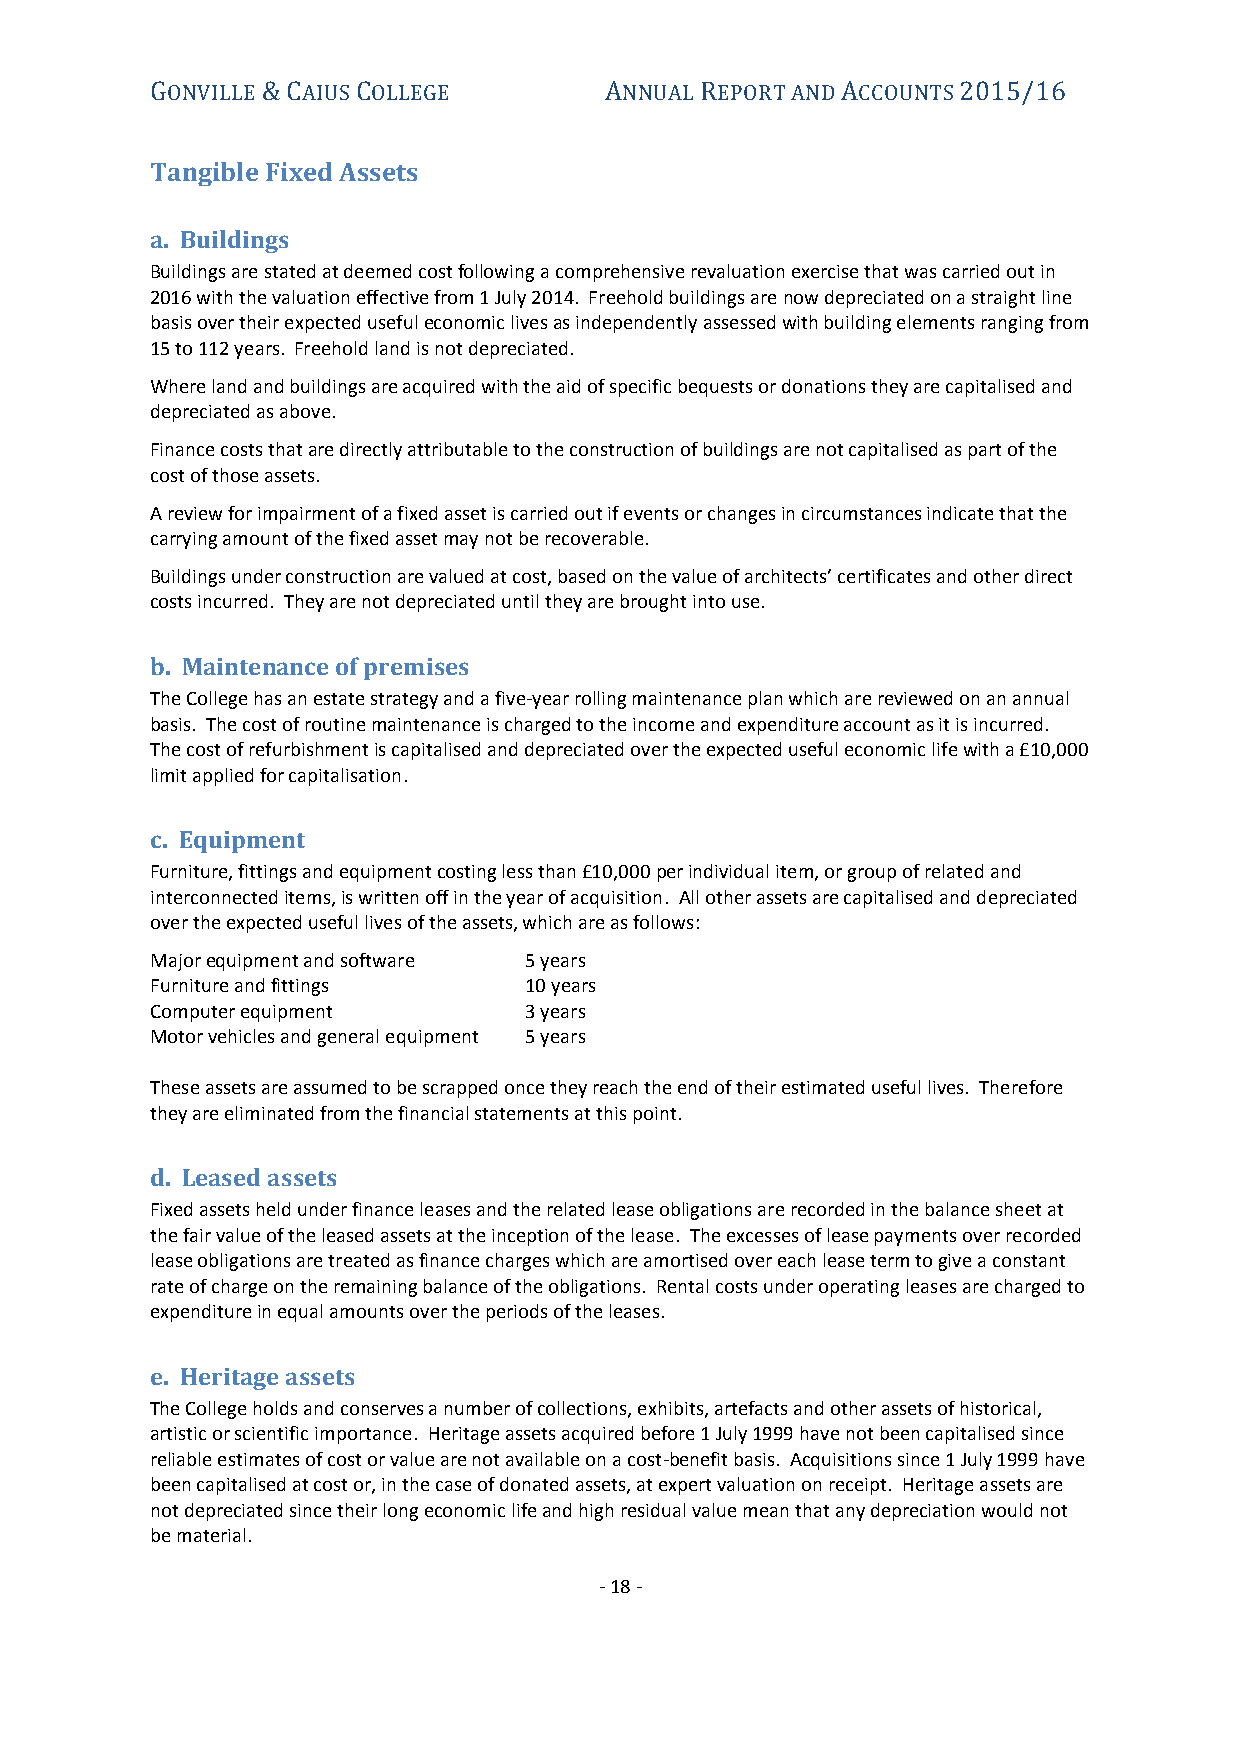
GONVILLE & CAIUS COLLEGE      ANNUAL REPORT AND ACCOUNTS 2015/16
 Tangible Fixed Assets
 a. Buildings
 Buildings are stated at deemed cost following a comprehensive revaluation exercise that was carried out in
 2016 with the valuation effective from 1 July 2014. Freehold buildings are now depreciated on a straight line
 basis over their expected useful economic lives as independently assessed with building elements ranging from
 15 to 112 years. Freehold land is not depreciated.
 Where land and buildings are acquired with the aid of specific bequests or donations they are capitalised and
 depreciated as above.
 Finance costs that are directly attributable to the construction of buildings are not capitalised as part of the
 cost of those assets.
 A review for impairment of a fixed asset is carried out if events or changes in circumstances indicate that the
 carrying amount of the fixed asset may not be recoverable.
 Buildings under construction are valued at cost, based on the value of architects’ certificates and other direct
 costs incurred. They are not depreciated until they are brought into use.
 b. Maintenance of premises
 The College has an estate strategy and a five-year rolling maintenance plan which are reviewed on an annual
 basis. The cost of routine maintenance is charged to the income and expenditure account as it is incurred.
 The cost of refurbishment is capitalised and depreciated over the expected useful economic life with a £10,000
 limit applied for capitalisation.
 c. Equipment
 Furniture, fittings and equipment costing less than £10,000 per individual item, or group of related and
 interconnected items, is written off in the year of acquisition. All other assets are capitalised and depreciated
 over the expected useful lives of the assets, which are as follows:
 Major equipment and software 5 years
 Furniture and fittings   10 years
 Computer equipment       3 years
 Motor vehicles and general equipment 5 years
 These assets are assumed to be scrapped once they reach the end of their estimated useful lives. Therefore
 they are eliminated from the financial statements at this point.
 d. Leased assets
 Fixed assets held under finance leases and the related lease obligations are recorded in the balance sheet at
 the fair value of the leased assets at the inception of the lease. The excesses of lease payments over recorded
 lease obligations are treated as finance charges which are amortised over each lease term to give a constant
 rate of charge on the remaining balance of the obligations. Rental costs under operating leases are charged to
 expenditure in equal amounts over the periods of the leases.
 e. Heritage assets
 The College holds and conserves a number of collections, exhibits, artefacts and other assets of historical,
 artistic or scientific importance. Heritage assets acquired before 1 July 1999 have not been capitalised since
 reliable estimates of cost or value are not available on a cost-benefit basis. Acquisitions since 1 July 1999 have
 been capitalised at cost or, in the case of donated assets, at expert valuation on receipt. Heritage assets are
 not depreciated since their long economic life and high residual value mean that any depreciation would not
 be material.
 - 18 -